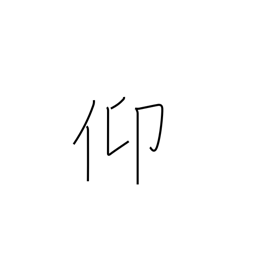
Meaning: seek